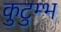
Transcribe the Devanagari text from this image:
कुटुम्भ